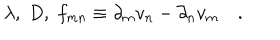
\lambda , \; D , \; f _ { m n } \equiv \partial _ { m } v _ { n } - \partial _ { n } v _ { m } \quad .